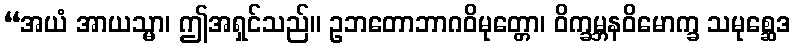
“အယံ အာယသ္မာ၊ ဤအရှင်သည်။ ဥဘတောဘာဂဝိမုတ္တော၊ ဝိက္ခမ္ဘနဝိမောက္ခ သမုစ္ဆေဒ